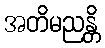
အတိမညန္တိ